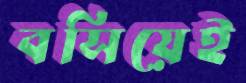
বসিয়েই